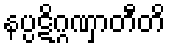
နပ္ပဋိဂ္ဂဏှာတီတိ